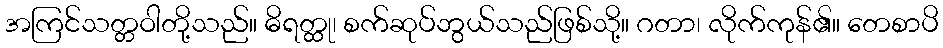
အကြင်သတ္တဝါတို့သည်။ ဓိရတ္ထု၊ စက်ဆုပ်ဘွယ်သည်ဖြစ်သို့။ ဂတာ၊ လိုက်ကုန်၏။ တေစာပိ